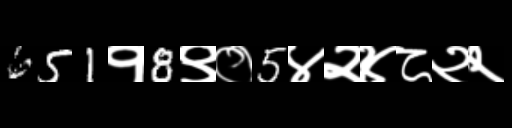
Text: 651१8९०5४२४८२२